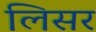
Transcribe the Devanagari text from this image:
लिसर